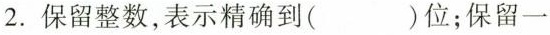
2.保留整数，表示精确到( )位；保留一